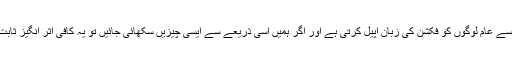
ہمارے جیسے عام لوگوں کو فکشن کی زبان اپیل کرتی ہے اور اگر ہمیں اسی ذریعے سے ایسی چیزیں سکھائی جائیں تو یہ کافی اثر انگیز ثابت ہوتی ہیں۔